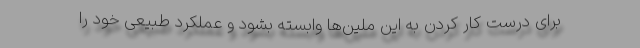
برای درست کار کردن به این ملین‌ها وابسته بشود و عملکرد طبیعی خود را